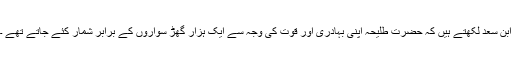
ابن سعد لکھتے ہیں کہ حضرت طلیحہ اپنی بہادری اور قوت کی وجہ سے ایک ہزار گھڑ سواروں کے برابر شمار کئے جاتے تھے ۔